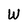
Character: W